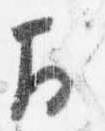
於